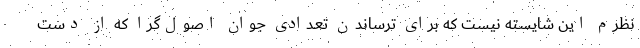
نظرم این شایسته نیست که برای ترساندن تعدادی جوان اصول‌گرا که از دست